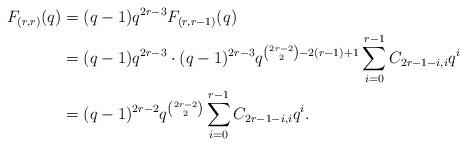
LaTeX: \begin{align*}F_{(r,r)}(q)&= (q-1) q^{2r-3}F_{(r,r-1)}(q)\\&= (q-1) q^{2r-3}\cdot (q-1)^{2r-3} q^{{2r-2\choose 2}- 2(r-1) +1} \sum_{i=0}^{r-1} C_{2r-1-i,i}q^i\\&= (q-1)^{2r-2} q^{{2r-2\choose 2}} \sum_{i=0}^{r-1} C_{2r-1-i,i}q^i.\end{align*}